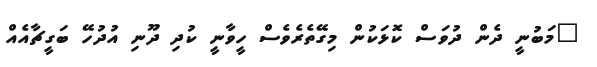
"މަބުނީ ދެން ދުވަސް ކޮޅަކުން މިގޭތެރެވެސް ހީވާނީ ކުދި ދޫނި އުދުހޭ ބަގީޗާއެއް